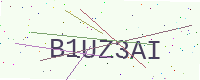
Text: B1UZ3AI